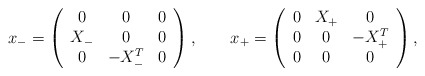
\begin{align*}x_- = \left( \begin{array}{ccc}0 & 0 & 0 \\X_- & 0 & 0 \\0 & -X_-^T & 0\end{array} \right), \qquad x_+ = \left( \begin{array}{ccc}0 & X_+ & 0 \\0 & 0 & -X_+^T \\0 & 0 & 0\end{array} \right),\end{align*}